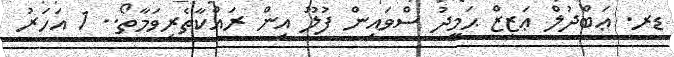
ޑރ. ޢަބްދުލް ޢަޒީޒް ޙަމީދު ސްވައިން ފުލޫ އިން ރައްކާތެރިވަމާތޯ.. 1 އަހަރު